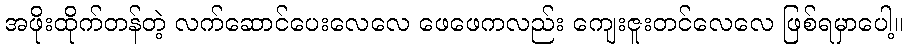
အဖိုးထိုက်တန်တဲ့ လက်ဆောင်ပေးလေလေ ဖေဖေကလည်း ကျေးဇူးတင်လေလေ ဖြစ်ရမှာပေါ့။